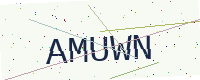
Text: AMUWN